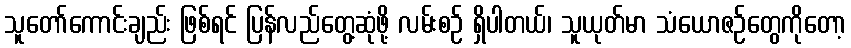
သူတော်ကောင်းချည်း ဖြစ်ရင် ပြန်လည်တွေ့ဆုံဖို့ လမ်းစဉ် ရှိပါတယ်၊ သူယုတ်မာ သံယောဇဉ်တွေကိုတော့